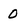
Character: 0